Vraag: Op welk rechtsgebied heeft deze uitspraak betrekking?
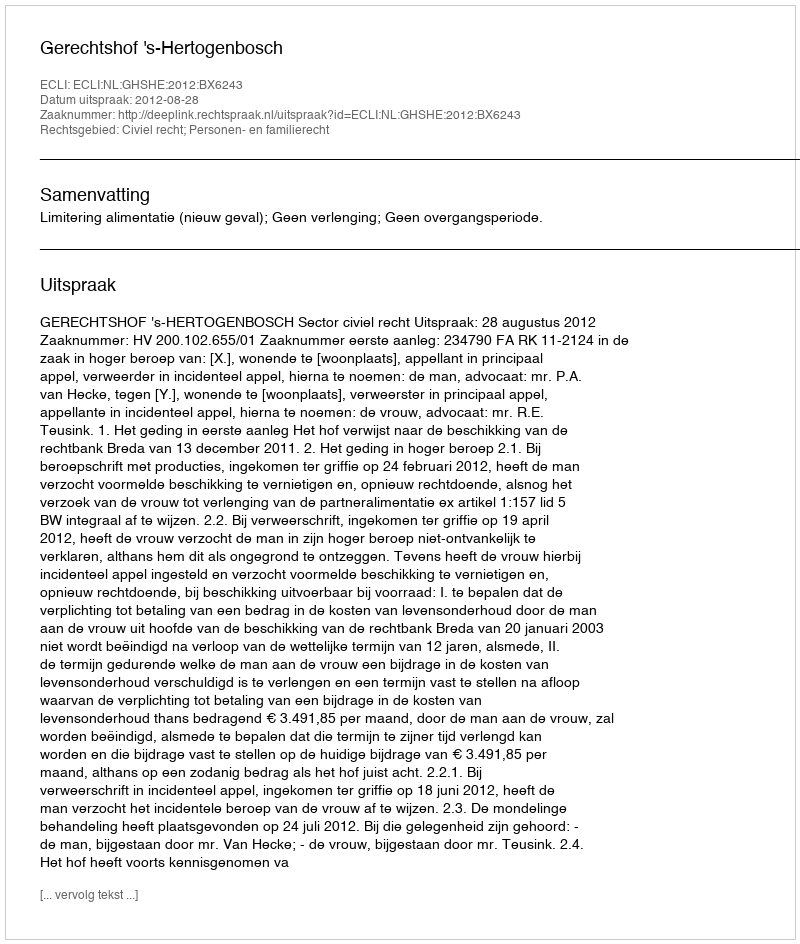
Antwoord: Civiel recht; Personen- en familierecht